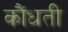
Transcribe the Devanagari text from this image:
कौंधती